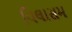
વિલાસમ